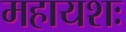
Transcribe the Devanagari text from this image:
महायशः